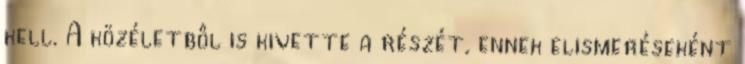
kell. A közéletbôl is kivette a részét, ennek elismeréseként